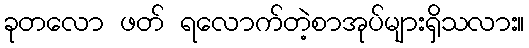
ခုတလော ဖတ် ရလောက်တဲ့စာအုပ်များရှိသလား။